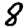
Digit: 8